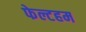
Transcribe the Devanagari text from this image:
फेल्टहम